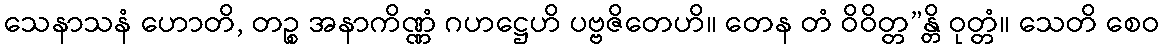
သေနာသနံ ဟောတိ, တဉ္စ အနာကိဏ္ဏံ ဂဟဋ္ဌေဟိ ပဗ္ဗဇိတေဟိ။ တေန တံ ဝိဝိတ္တ”န္တိ ဝုတ္တံ။ သေတိ စေဝ